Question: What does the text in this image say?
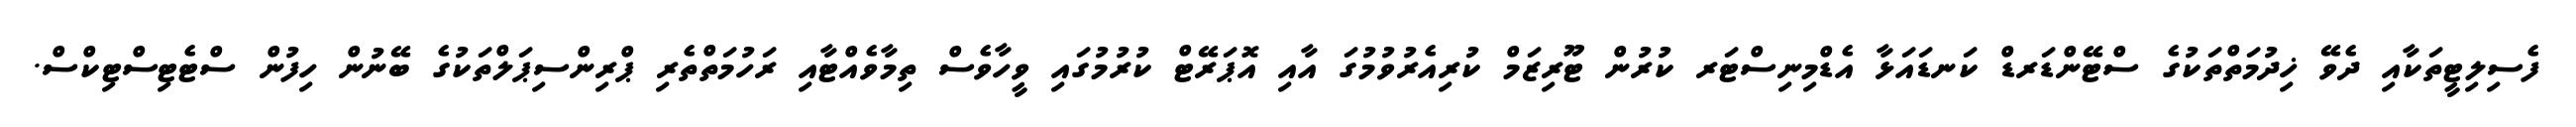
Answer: ފެސިލިޓީތަކާއި ދެވޭ ޚިދުމަތްތަކުގެ ސްޓޭންޑަރޑް ކަނޑައަޅާ އެޑްމިނިސްޓަރ ކުރުން ޓޫރިޒަމް ކުރިއެރުވުމުގަ އާއި އޮޕަރޭޓް ކުރުމުގައި ވީހާވެސް ތިމާވެއްޓާއި ރަހުމަތްތެރި ޕްރިންސިޕަލްތަކުގެ ބޭނުން ހިފުން ސްޓެޓިސްޓިކްސް.